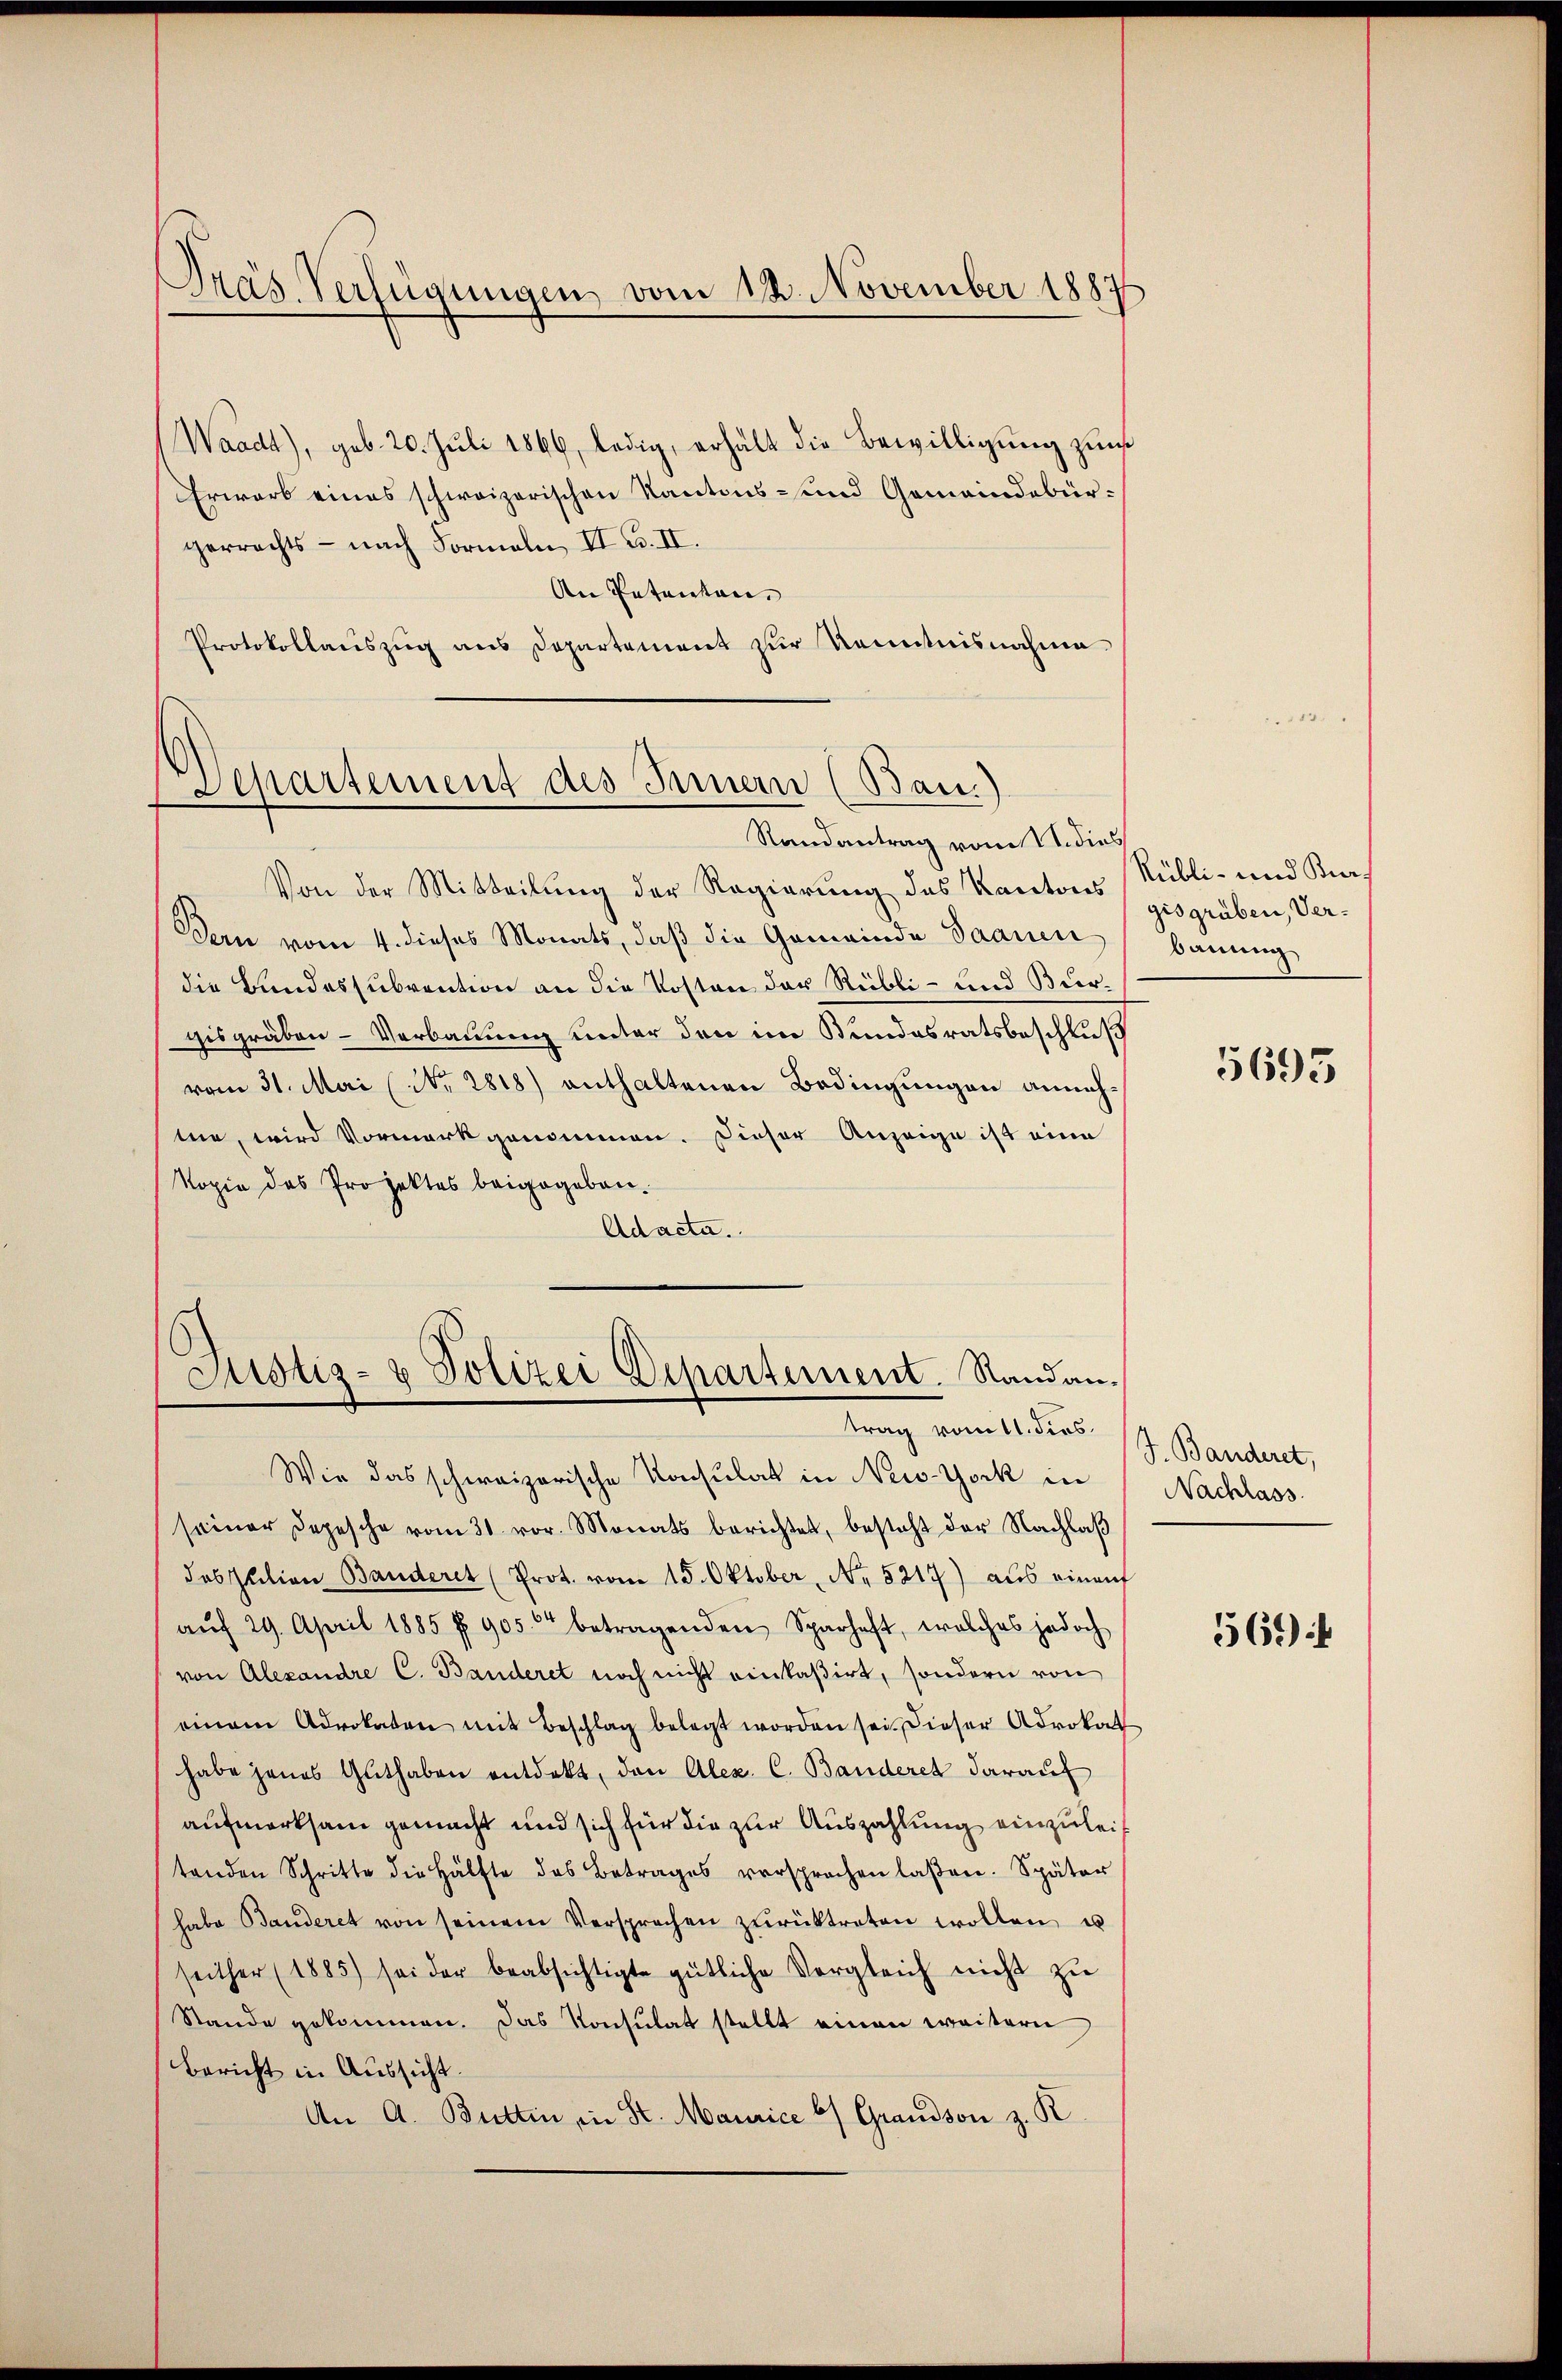
Pras Verfügungen vom 18. November 1887

Waadt), geb. 20. Juli 1866, ledig, erhält die Bewilligung zum
Erwarb eines schweizerischen Kantons- und Gemeindebürgerrechts - nach Formeln, II. B. II.
An Petenten,
Protokollauszug aus Departement zur Kenntnisnahme

Departement des Innern (Ban.)
Randantrag vom 11. dies

Von der Mitteilung der Regierung des Kantons Rübli- und Kir¬
Dern vom 4. dieses Monats, daß die Gemeinde Saanen
die Bundessubvention an die Kosten der Rübli- und Burgisgräben - Verbauung unter den im Stundesratsbeschluß
vom 31. Mai (Nr. 2818) enthaltenen Bedingungen annehte, wird Vormark genommen. Dieser Anzeige ist eine
Kopie des Projektes beigegeben¬
Adacta.

Justiz- & Polizei Departement. Standantrag vom 11. dies J. Banderet,

Wie das schweizerische Konsulat in New-York in
seiner Depesche vom 31. vor. Monats berichtet, besteht der Nachlaβ
dobsution Bauderet (Prot. vom 15. Oktober, No. 5217) aus einauf
aŭf 29. April 1885 f. 905 betragenden Sparhaft, welches jedoch
von Alexandre C. Banderet noch nicht einkaßirt, sondern von
einem Advokaten mit Beschlag belegt worden sei. Dieser Advokat
habe jenes Guthaben entdekt, den Alex. C. Banderet darauf
aufmerksam gemacht und sich für die zur Auszahlung einzuleitenden Schritte die Hälfte des Betrages versprochen laßen. Später
habe Banderet von seinem Versprechen zŭrücktreten wollen u
seither (1885) sei der beabsichtigte gütliche Vergleich nicht zu
Stande gekommen. Das Konsulat stellt einen weitern
Bericht in Aussicht
An A. Butten, in St. Maurice b) Grandson z. R.

gisgrüben, Verbauung

5695

Nachlass

569).